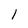
Character: l